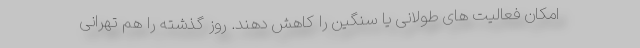
امکان فعالیت های طولانی یا سنگین را کاهش دهند. روز گذشته را هم تهرانی